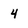
Character: 4